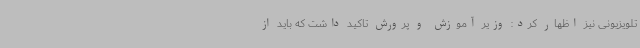
تلویزیونی نیز اظهار کرد: وزیر آموزش و پرورش تاکید داشت که باید از